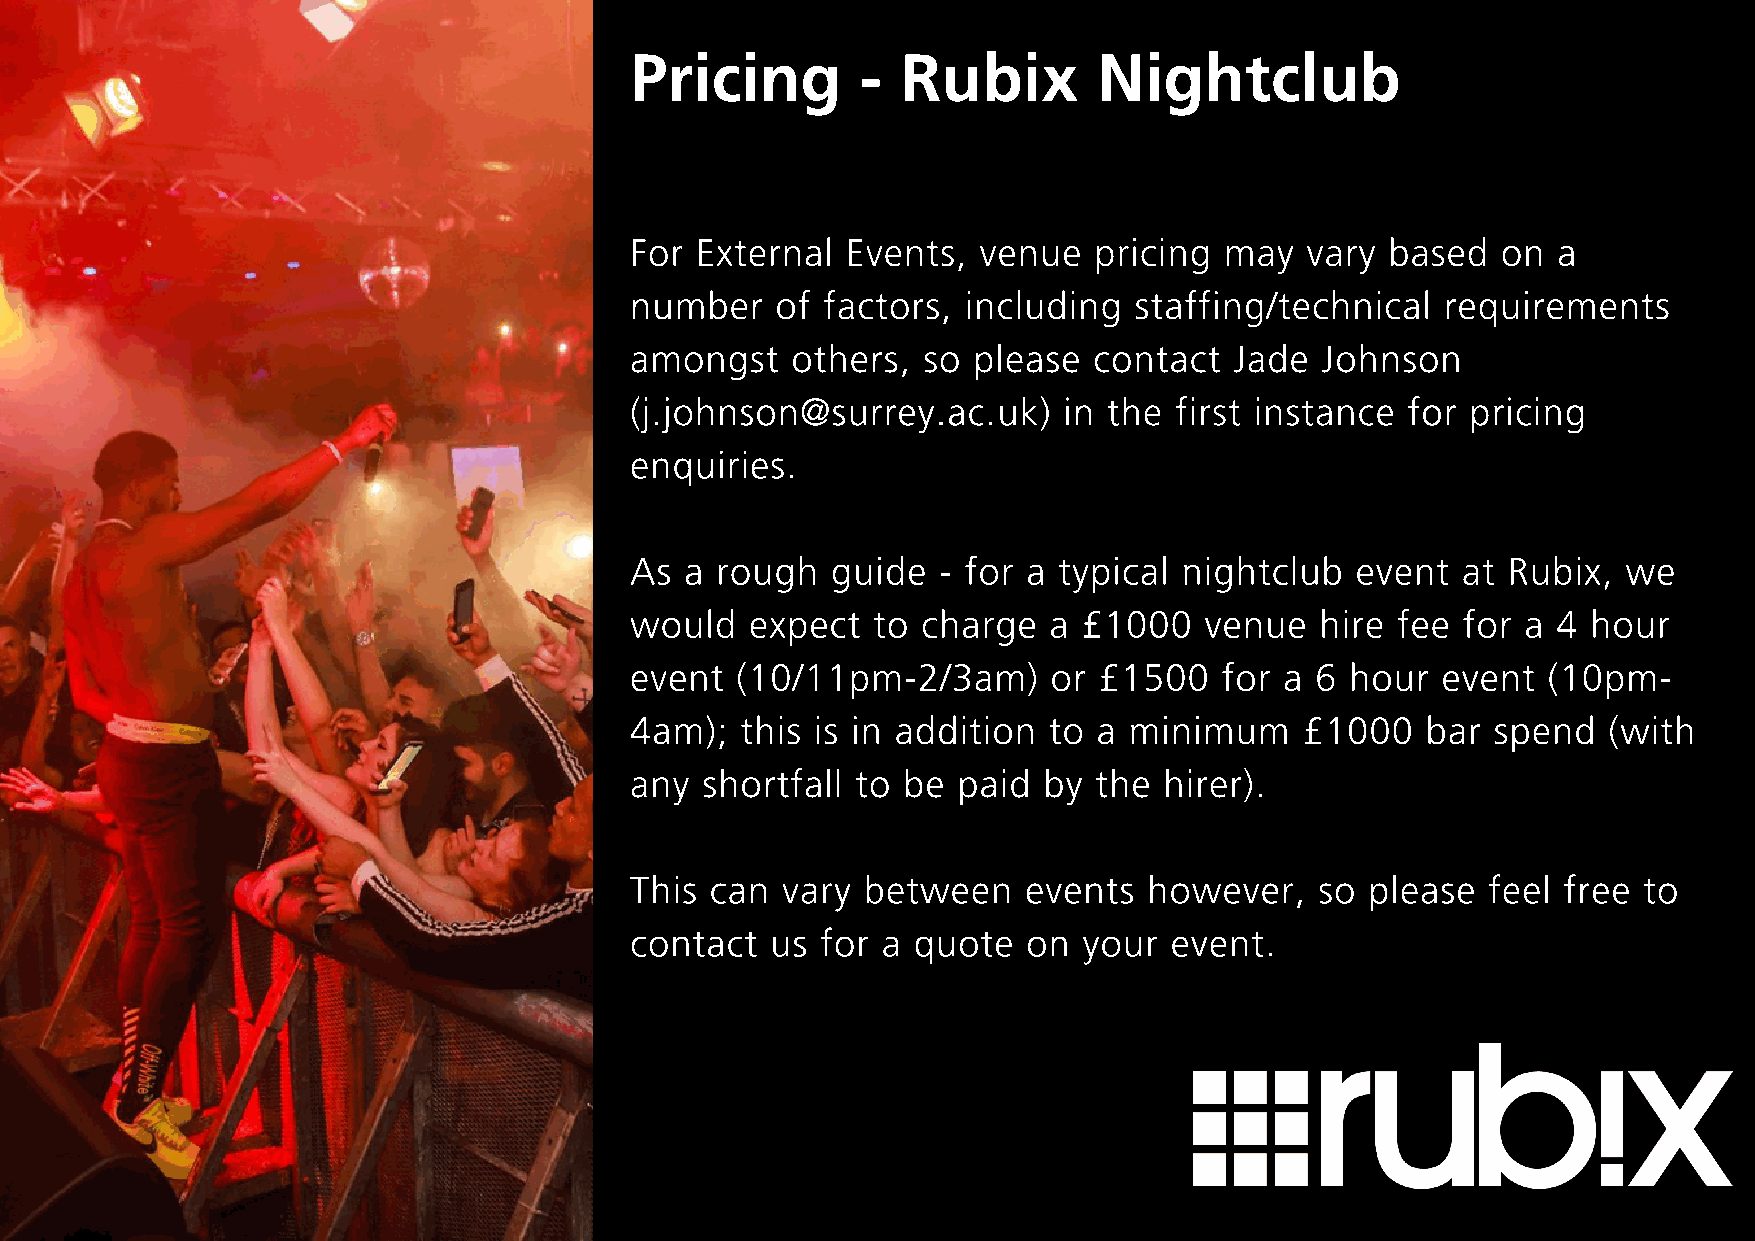
Pricing        -  Rubix        Nightclub
 For External  Events,  venue  pricing  may  vary  based  on  a
 number   of factors,  including  staffing/technical   requirements
 amongst   others,  so please  contact   Jade Johnson
 (j.johnson@surrey.ac.uk)    in the  first instance for pricing
 enquiries.
 As a rough   guide  - for a typical nightclub   event  at Rubix,  we
 would   expect  to charge  a  £1000   venue  hire fee  for a 4 hour
 event  (10/11pm-2/3am)      or £1500   for a 6 hour  event  (10pm-
 4am);  this is in addition to  a minimum    £1000   bar  spend  (with
 any shortfall  to be paid  by the  hirer).
 This can  vary between    events  however,   so  please feel free  to
 contact  us for a quote   on  your event.